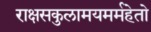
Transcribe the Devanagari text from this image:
राक्षसकुलामयमर्महेतो